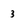
Character: 3